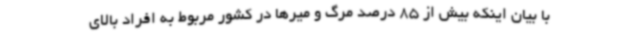
با بیان اینکه بیش از 85 درصد مرگ و میرها در کشور مربوط به افراد بالای